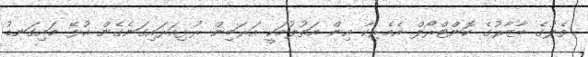
ތެލުގެ ބާޒާރުގެ ކޮންޓްރޯލް އެމެރިކާ އިން އަތުލުމަކީ އަރަބިން ރުޅިއަރައިގަނެގެން އުޅޭ މައިގަނޑު